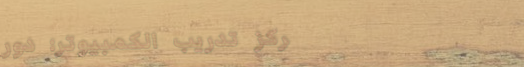
مركز تدريب الكمبيوتر: دور